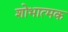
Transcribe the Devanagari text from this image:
शोभात्मक